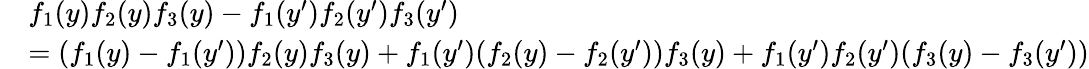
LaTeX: \begin{array}{rl}&{f_{1}(y)f_{2}(y)f_{3}(y)-f_{1}(y^{\prime})f_{2}(y^{\prime})f_{3}(y^{\prime})}\\ &{=(f_{1}(y)-f_{1}(y^{\prime}))f_{2}(y)f_{3}(y)+f_{1}(y^{\prime})(f_{2}(y)-f_{2}(y^{\prime}))f_{3}(y)+f_{1}(y^{\prime})f_{2}(y^{\prime})(f_{3}(y)-f_{3}(y^{\prime}))}\end{array}